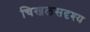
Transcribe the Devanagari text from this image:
चिखलसदृश्य